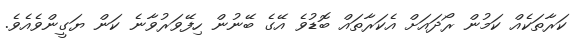
ކަރާތަކެއް ކަމުން ރޯދައަށް އެކަރާތައް ބޮޑުވެ އޭގެ ބޭނުން ހިފޭވަރުވާނެ ކަން ޔަގީންވެއެވެ.